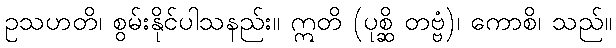
ဥသဟတိ၊ စွမ်းနိုင်ပါသနည်း။ ဣတိ (ပုစ္ဆိ တဗ္ဗံ)၊ ကောစိ၊ သည်။